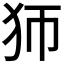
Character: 𤜳